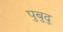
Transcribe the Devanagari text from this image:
पुबुदु